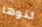
لتوها